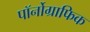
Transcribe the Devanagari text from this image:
पॉर्नोग्राफिक